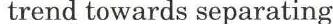
trend towards separating